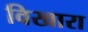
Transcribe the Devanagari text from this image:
विखारा